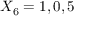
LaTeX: X _ { 6 } = 1 , 0 , 5